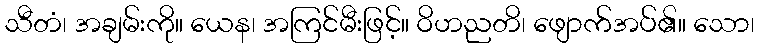
သီတံ၊ အချမ်းကို။ ယေန၊ အကြင်မီးဖြင့်။ ဝိဟညတိ၊ ဖျောက်အပ်၏။ သော၊